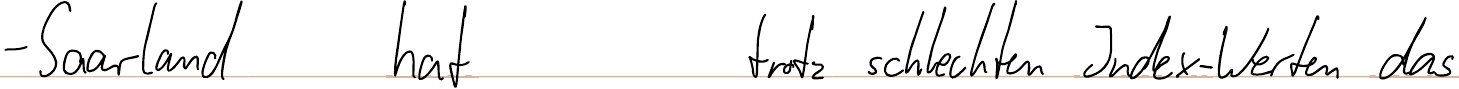
- Saarland hat trotz schlechten Index-Werten das